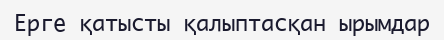
Ерге қатысты қалыптасқан ырымдар